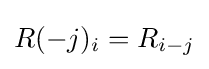
R(-j)_{i}=R_{i-j}